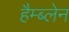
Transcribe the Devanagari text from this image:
हैम्ब्लेन